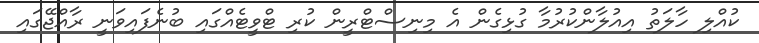
ކުއްލި ހާލަތު އިއުލާންކުރުމާ ގުޅިގެން އެ މިނިސްޓްރީން ކުރި ޓްވީޓެއްގައި ބުނެފައިވަނީ ރާއްޖޭގައި